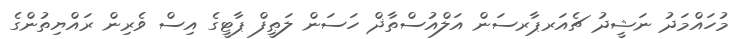
މުހައްމަދު ނަޝީދު ޗެއަރޕާރސަން އަލްއުސްތާޛް ހަސަން ލަޠީފް ޕާޓީގެ އިސް ވެރިން ރައްޔިތުންގެ